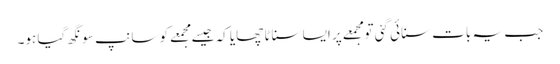
جب یہ بات سنائی گئی تو مجمعے پر ایسا سناٹا چھایا کہ جیسےمجمعے کو سانپ سونگھ گیا ہو۔